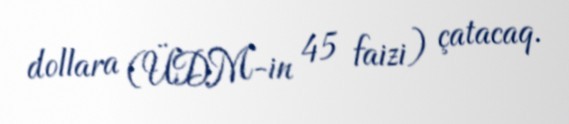
dollara (ÜDM-in 45 faizi) çatacaq.